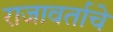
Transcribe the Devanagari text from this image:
राजावर्ताचे